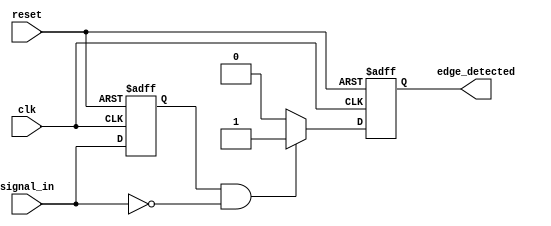
module negative_edge_detector (
    input wire clk,              // Clock input
    input wire reset,            // Reset input (active high)
    input wire signal_in,        // Input signal to detect negative edge
    output reg edge_detected     // Output signal indicating negative edge
);

// Internal register to hold the previous state of the input signal
reg previous_state;

// Always block for edge detection and state updating
always @(posedge clk or posedge reset) begin
    if (reset) begin
        // Initialization on reset
        previous_state <= 1'b0;    // Set previous_state to 0
        edge_detected <= 1'b0;      // Set edge_detected to 0
    end else begin
        // Check for negative edge
        if (previous_state == 1'b1 && signal_in == 1'b0) begin
            edge_detected <= 1'b1;   // Negative edge detected
        end else begin
            edge_detected <= 1'b0;    // No negative edge detected
        end
        
        // Update the previous state for the next clock cycle
        previous_state <= signal_in;
    end
end

endmodule